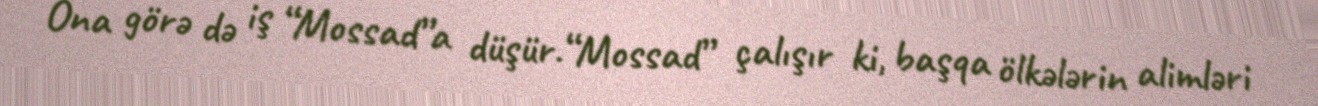
Ona görə də iş “Mossad”a düşür.“Mossad” çalışır ki, başqa ölkələrin alimləri